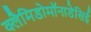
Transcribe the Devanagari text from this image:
क्लैमिडोमॉनाडेसिई